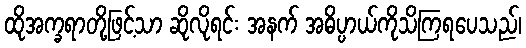
ထိုအက္ခရာတို့ဖြင့်သာ ဆိုလိုရင်း အနက် အဓိပ္ပာယ်ကိုသိကြရပေသည်၊